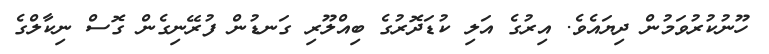
ހޫނުކުރުވަމުން ދިޔައެވެ. އިރުގެ އަލި ކުޑަދޮރުގެ ބިއްލޫރި ގަނޑުން ފުރޭނިގެން ގޮސް ނިކާލްގެ